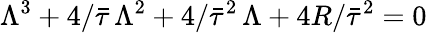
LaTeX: \Lambda^{3}+4/\bar{\tau}\, \Lambda^{2}+4/\bar{\tau}^{2}\, \Lambda+4R/\bar{\tau}^{2}=0